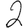
Digit: 2